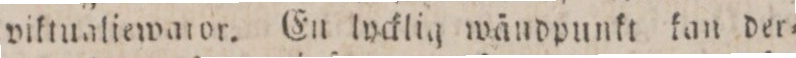
viktualiewator. En lycklig wändpunkt kan der=